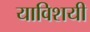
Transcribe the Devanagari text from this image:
याविशयी